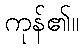
ကုန်၏။